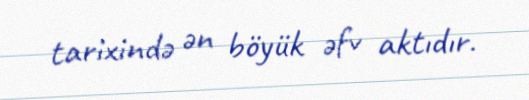
tarixində ən böyük əfv aktıdır.